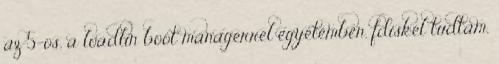
az 5-os, a loadlin boot managerrel egyetemben. fdiskel tudtam,